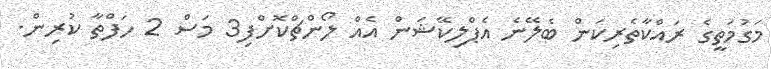
މަގުމަތީގެ ރައްކާތެރިކަން ބެލޭނެ އެޕްލިކޭޝަން އެއް ލޯންޗްކޮށްފި3 މަސް 2 ހަފްތާ ކުރިން.